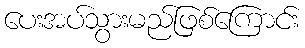
ပေးအပ်သွားမည်ဖြစ်ကြောင်း